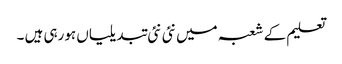
تعلیم کے شعبہ میں نئی نئی تبدیلیاں ہورہی ہیں ۔